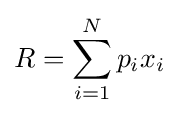
R=\sum _{i=1}^{N}p_{i}x_{i}